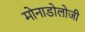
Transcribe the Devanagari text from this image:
मोनाडोलोजी